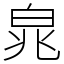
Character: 㿡